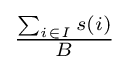
{\tfrac {\sum _{i\in I}s(i)}{B}}